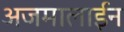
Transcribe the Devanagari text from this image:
अजमालाईन